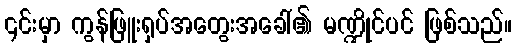
၎င်းမှာ ကွန်ဖြူးရှပ်အတွေးအခေါ်၏ မဏ္ဍိုင်ပင် ဖြစ်သည်။